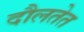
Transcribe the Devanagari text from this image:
दौलतेत